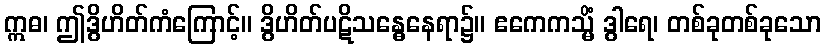
ဣဓ၊ ဤဒွိဟိတ်ကံကြောင့်။ ဒွိဟိတ်ပဋိသန္ဓေနေရာ၌။ ဧကေကသ္မိံ ဒွါရေ၊ တစ်ခုတစ်ခုသော